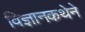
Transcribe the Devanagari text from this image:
विज्ञानकथेने